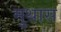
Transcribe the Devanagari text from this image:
मुथास